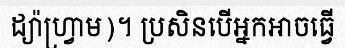
ដ្យ៉ាហ្វ្រាម)។ ប្រសិនបើអ្នកអាចធ្វើ